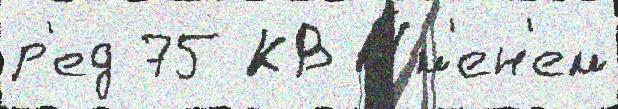
р'ед 75 КВ И́м'ен'ем